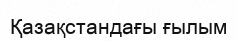
Қазақстандағы ғылым